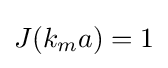
J(k_{m}a)=1